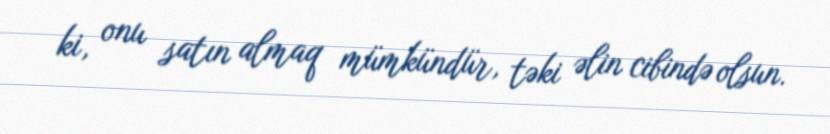
ki, onu satın almaq mümkündür, təki əlin cibində olsun.